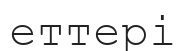
еттері